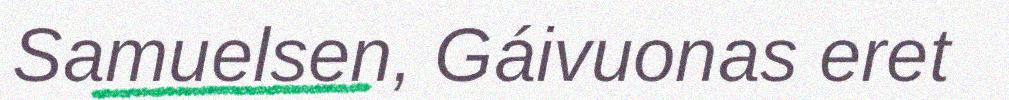
Samuelsen, Gáivuonas eret